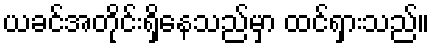
ယခင်အတိုင်းရှိနေသည်မှာ ထင်ရှားသည်။